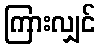
ကြားလျှင်